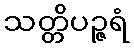
သတ္တိပဉ္ဇရံ